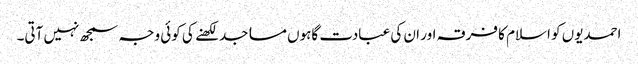
احمدیوں کو اسلام کا فرقہ اور ان کی عبادت گاہوں مساجد لکھنے کی کوئی وجہ سمجھ نہیں آتی۔